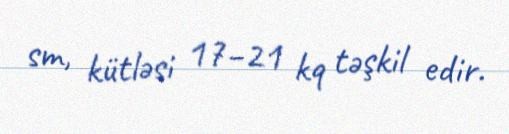
sm, kütləsi 17–21 kq təşkil edir.